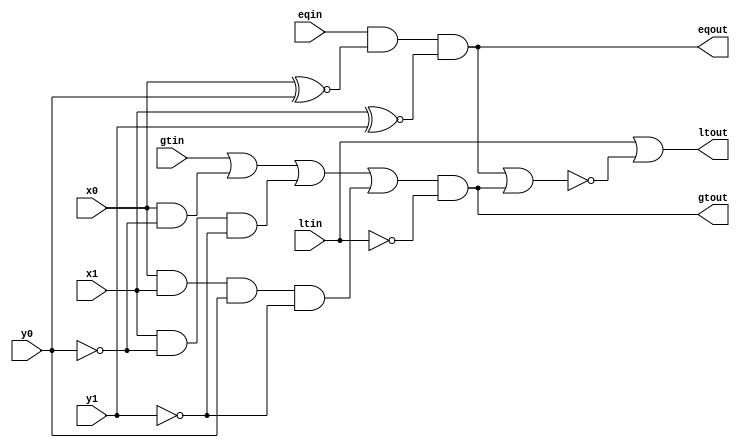
module doublencomparator(x0, x1, y0, y1, eqin, gtin, ltin, eqout, gtout, ltout);

	input x0, x1, y0, y1;				// input bit pairs
	input eqin, gtin, ltin;				// carry inputs (eq = equal, gt = greater than, lt = less than)
	output eqout, gtout, ltout;		// outputs

	// Equality
	// every bit needs to be equal for it to be equal. Astonishing, right?
	// This means that if eqin is 0 already, the whole thing is 0.
	// Which is good, otherwise the final output might say that 0001 is equal to 1101.
	assign eqout = eqin & (x0 ~^ y0) & (x1 ~^ y1);
	// COST:
	// If we assume the XOR gate is a NAND, AND, & OR gate, each with only two inputs, that means one XOR has a cost of 9.
	// I'm choosing not to include the NAND gate as an AND followed by an OR because an AND gate is made by inverting the output of a NAND.
	// So the NAND is cheaper and it would be stupid to say a NAND has the cost of a NAND and two NOTs.
	// ------------------------------------------------
	// Moving on, this gives me a cost of 15 for eqout.

	// Greater Than
	// I did a few versions of this function that were very short but they would always miss ~100 of 56k possibilities.
	// So I just made a kmap of the inputs and the carry in bit.
	// Since this does not cover the acse of the previous bits being less than, I AND-ed it with the less than in bit to cover that case.
	//
	// gx0\x1y0y1    000 001 011 010  100 101 111 110
  //              ----------------------------------
  //          00  | 0 | 0 | 0 | 0 || 1 | 0 | 0 | 0 |
  //              ----------------------------------
  //          01  | 1 | 1 | 0 | 0 || 1 | 1 | 0 | 1 |
  //              ----------------------------------
  //          11  | 1 | 1 | 1 | 1 || 1 | 1 | 1 | 1 |
  //              ----------------------------------
  //          10  | 1 | 1 | 1 | 1 || 1 | 1 | 1 | 1 |
  //              ----------------------------------
  //
  //          f = g + y0'x' + x1y0'y1' + x0x1y0y1'
  //
  // Looking at this, it's clear that each input to the OR gate covers one case where x is greater than y.
  // I was hoping for a more condensed version of this but oh well.
	assign gtout = (gtin | (x0 & ~y0) | (x1 & ~y0 & ~y1) | (x0 & x1 & y0 & ~y1)) & ~ltin;
	// COST:
	// This function is by far the most expensive because it has the most cases.
	// ltout is easy because it's the default case if eqout and gtout are 0.
	// ---------------------------------------------
	// Just add the inputs and outputs as normal: 29

	// Less Than
	// This one is the simplest of all purely because the other two
	// are done already and the output can only have one 'state'
	// So just check if either of the other outputs are true and
	// assign lt true if they are not.
	// And remember to carry the input
	assign ltout = ltin | ~(eqout | gtout);
	// COST:
	// --------------------------------------------
	// Just add the inputs and outputs as normal: 8

	// TOTAL COST:
	// 52

	// As a side note, ltout is a redundant calculation that isn't required to carry through.
	// e.g. If there are 3 states and the output is neither of the first two states, then by default is has to be the third state.
	// This would mean that each module could cut off 8 cost.
	// Since the same check is performed at the output so that 2's compliment numbers can use the same circuitry,
	// this has zero drawbacks and is only included because the assignment specifically requested it.
	// Another thing to consider is that a 2-to-1 mux is a much cheaper way of implementing an xor gate
	// and is more than likely what the FPGA does at compilation. So the actual cost is cut down even more.

endmodule